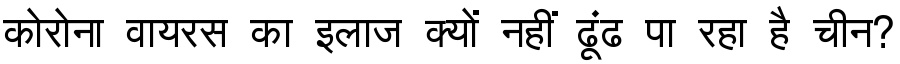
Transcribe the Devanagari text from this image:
कोरोना वायरस का इलाज क्यों नहीं ढूंढ पा रहा है चीन?